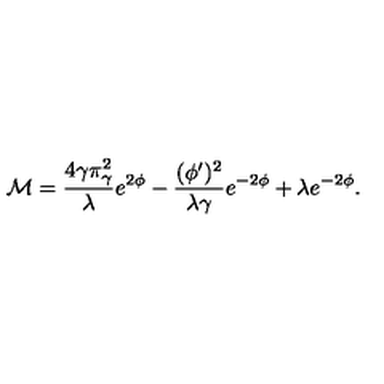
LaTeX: { \cal M } = { \frac { 4 \gamma \pi _ { \gamma } ^ { 2 } } { \lambda } } e ^ { 2 \phi } - { \frac { ( \phi ^ { \prime } ) ^ { 2 } } { \lambda \gamma } } e ^ { - 2 \phi } + \lambda e ^ { - 2 \phi } .